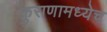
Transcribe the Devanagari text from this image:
कुराणामध्येच